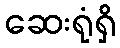
ဆေးရုံရှိ